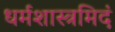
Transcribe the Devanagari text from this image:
धर्मशास्त्रमिदं